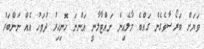
ވަޔަށް ބަރޯސާވެގެން ގައްބެ މާލެއިން ނައްޓާލާނީ އަންނަ ހޮނިހިރު ދުވަހު އެއް ނަންބަރު